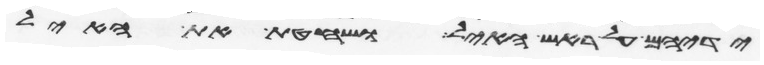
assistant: ידיהם על ראש האיל ושחטת את האיל